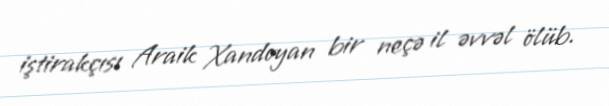
iştirakçısı Araik Xandoyan bir neçə il əvvəl ölüb.